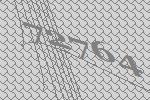
72764